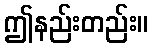
ဤနည်းတည်း။